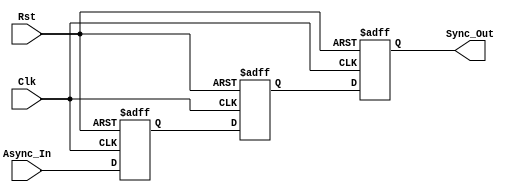
module dual_flip_flop_synchronizer (
    input wire Async_In,     // Asynchronous input signal
    input wire Clk,         // Clock signal for destination clock domain
    input wire Rst,         // Asynchronous reset signal (optional)
    output reg Sync_Out      // Synchronized output signal
);

// Internal signals for the two flip-flops
reg FF1, FF2;

// Sequential logic for the first flip-flop
always @(posedge Clk or posedge Rst) begin
    if (Rst) begin
        FF1 <= 1'b0;         // Reset FF1 to known state
    end else begin
        FF1 <= Async_In;     // Sample Async_In
    end
end

// Sequential logic for the second flip-flop
always @(posedge Clk or posedge Rst) begin
    if (Rst) begin
        FF2 <= 1'b0;         // Reset FF2 to known state
    end else begin
        FF2 <= FF1;          // Transfer FF1 output to FF2
    end
end

// Output logic
always @(posedge Clk or posedge Rst) begin
    if (Rst) begin
        Sync_Out <= 1'b0;    // Reset Sync_Out to known state
    end else begin
        Sync_Out <= FF2;     // Synchronized output from FF2
    end
end

endmodule